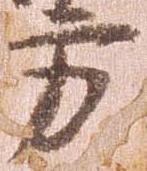
方